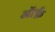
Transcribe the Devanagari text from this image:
ऑर्फ़